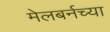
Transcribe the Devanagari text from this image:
मेलबर्नच्या